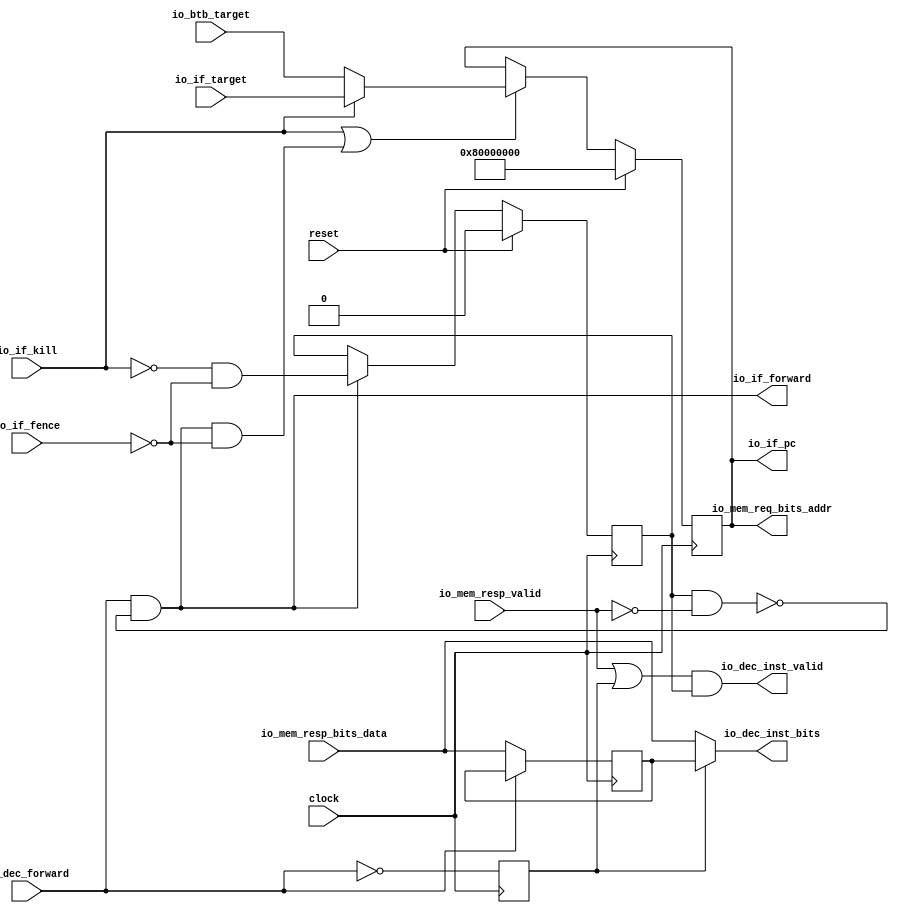
module FetchInst( // @[:@3.2]
  input         clock, // @[:@4.4]
  input         reset, // @[:@5.4]
  output [31:0] io_mem_req_bits_addr, // @[:@6.4]
  input         io_mem_resp_valid, // @[:@6.4]
  input  [31:0] io_mem_resp_bits_data, // @[:@6.4]
  input         io_if_kill, // @[:@6.4]
  input         io_if_fence, // @[:@6.4]
  input         io_dec_forward, // @[:@6.4]
  input  [31:0] io_if_target, // @[:@6.4]
  input  [31:0] io_btb_target, // @[:@6.4]
  output        io_if_forward, // @[:@6.4]
  output [31:0] io_if_pc, // @[:@6.4]
  output        io_dec_inst_valid, // @[:@6.4]
  output [31:0] io_dec_inst_bits // @[:@6.4]
);
  reg [31:0] if_reg_pc; // @[FetchInst.scala 23:27:@8.4]
  reg [31:0] _RAND_0;
  wire [31:0] if_pc_next; // @[FetchInst.scala 28:22:@11.4]
  reg  dec_valid; // @[FetchInst.scala 34:27:@13.4]
  reg [31:0] _RAND_1;
  wire  _T_144; // @[FetchInst.scala 35:53:@14.4]
  wire  _T_145; // @[FetchInst.scala 35:50:@15.4]
  wire  _T_147; // @[FetchInst.scala 35:38:@16.4]
  wire  _T_151; // @[FetchInst.scala 37:61:@20.4]
  wire  _T_152; // @[FetchInst.scala 37:58:@21.4]
  wire  _T_153; // @[FetchInst.scala 37:20:@22.4]
  wire [31:0] _GEN_0; // @[FetchInst.scala 37:76:@23.4]
  wire  _T_155; // @[FetchInst.scala 42:19:@27.6]
  wire  _T_159; // @[FetchInst.scala 42:51:@30.6]
  wire  _GEN_1; // @[FetchInst.scala 41:24:@26.4]
  reg  reg_inst_valid; // @[FetchInst.scala 52:21:@38.4]
  reg [31:0] _RAND_2;
  reg [31:0] reg_inst_bits; // @[FetchInst.scala 52:21:@38.4]
  reg [31:0] _RAND_3;
  wire  _T_166; // @[FetchInst.scala 53:21:@39.4]
  wire  _T_170; // @[FetchInst.scala 59:43:@47.4]
  assign if_pc_next = io_if_kill ? io_if_target : io_btb_target; // @[FetchInst.scala 28:22:@11.4]
  assign _T_144 = io_mem_resp_valid == 1'h0; // @[FetchInst.scala 35:53:@14.4]
  assign _T_145 = dec_valid & _T_144; // @[FetchInst.scala 35:50:@15.4]
  assign _T_147 = _T_145 == 1'h0; // @[FetchInst.scala 35:38:@16.4]
  assign _T_151 = io_if_fence == 1'h0; // @[FetchInst.scala 37:61:@20.4]
  assign _T_152 = io_if_forward & _T_151; // @[FetchInst.scala 37:58:@21.4]
  assign _T_153 = io_if_kill | _T_152; // @[FetchInst.scala 37:20:@22.4]
  assign _GEN_0 = _T_153 ? if_pc_next : if_reg_pc; // @[FetchInst.scala 37:76:@23.4]
  assign _T_155 = io_if_kill == 1'h0; // @[FetchInst.scala 42:19:@27.6]
  assign _T_159 = _T_155 & _T_151; // @[FetchInst.scala 42:51:@30.6]
  assign _GEN_1 = io_if_forward ? _T_159 : dec_valid; // @[FetchInst.scala 41:24:@26.4]
  assign _T_166 = io_dec_forward == 1'h0; // @[FetchInst.scala 53:21:@39.4]
  assign _T_170 = io_mem_resp_valid | reg_inst_valid; // @[FetchInst.scala 59:43:@47.4]
  assign io_mem_req_bits_addr = if_reg_pc; // @[FetchInst.scala 49:24:@36.4]
  assign io_if_forward = io_dec_forward & _T_147; // @[FetchInst.scala 35:17:@18.4]
  assign io_if_pc = if_reg_pc; // @[FetchInst.scala 24:13:@9.4]
  assign io_dec_inst_valid = _T_170 & dec_valid; // @[FetchInst.scala 59:21:@49.4]
  assign io_dec_inst_bits = reg_inst_valid ? reg_inst_bits : io_mem_resp_bits_data; // @[FetchInst.scala 58:21:@46.4]
`ifdef RANDOMIZE_GARBAGE_ASSIGN
`define RANDOMIZE
`endif
`ifdef RANDOMIZE_INVALID_ASSIGN
`define RANDOMIZE
`endif
`ifdef RANDOMIZE_REG_INIT
`define RANDOMIZE
`endif
`ifdef RANDOMIZE_MEM_INIT
`define RANDOMIZE
`endif
`ifndef RANDOM
`define RANDOM $random
`endif
`ifdef RANDOMIZE
  integer initvar;
  initial begin
    `ifdef INIT_RANDOM
      `INIT_RANDOM
    `endif
    `ifndef VERILATOR
      #0.002 begin end
    `endif
  `ifdef RANDOMIZE_REG_INIT
  _RAND_0 = {1{`RANDOM}};
  if_reg_pc = _RAND_0[31:0];
  `endif // RANDOMIZE_REG_INIT
  `ifdef RANDOMIZE_REG_INIT
  _RAND_1 = {1{`RANDOM}};
  dec_valid = _RAND_1[0:0];
  `endif // RANDOMIZE_REG_INIT
  `ifdef RANDOMIZE_REG_INIT
  _RAND_2 = {1{`RANDOM}};
  reg_inst_valid = _RAND_2[0:0];
  `endif // RANDOMIZE_REG_INIT
  `ifdef RANDOMIZE_REG_INIT
  _RAND_3 = {1{`RANDOM}};
  reg_inst_bits = _RAND_3[31:0];
  `endif // RANDOMIZE_REG_INIT
  end
`endif // RANDOMIZE
  always @(posedge clock) begin
    if (reset) begin
      if_reg_pc <= 32'h80000000;
    end else begin
      if (_T_153) begin
        if (io_if_kill) begin
          if_reg_pc <= io_if_target;
        end else begin
          if_reg_pc <= io_btb_target;
        end
      end
    end
    if (reset) begin
      dec_valid <= 1'h0;
    end else begin
      if (io_if_forward) begin
        dec_valid <= _T_159;
      end
    end
    reg_inst_valid <= io_dec_forward == 1'h0;
    if (_T_166) begin
      reg_inst_bits <= io_mem_resp_bits_data;
    end
  end
endmodule